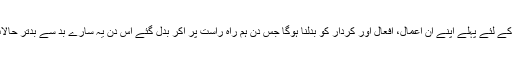
ہمیں اس ملک وقوم کی تقدیر بدلنے کے لئے پہلے اپنے ان اعمال، افعال اور کردار کو بدلنا ہوگا جس دن ہم راہ راست پر آکر بدل گئے اس دن یہ سارے بد سے بدتر حالات بھی پھر خودبخود بدل جائیں گے۔